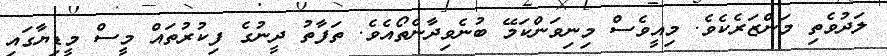
ލަދުވެތި މަންޒަރެކެވެ. މިއީވެސް މިނިވަންކަމޭ ބުނެވިދާނެތޯއެވެ. ތަފާތު ދީނުގެ ފިކުރުތައް މީސް މީޑިޔާގައި